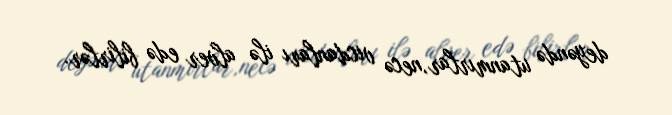
deyəndə utanmırlar,necə vicdanları ilə alver edə bilirlər.